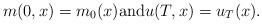
LaTeX: \begin{align*} m(0,x)=m_0(x)\hbox{and}u(T,x) = u_T(x).\end{align*}